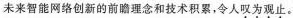
未来智能网络创新的前瞻理念和技术积累，令人叹为观止。